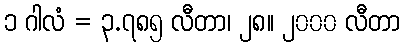
၁ ဂါလံ = ၃.၇၈၅ လီတာ၊ ၂၈။ ၂၀၀၀ လီတာ